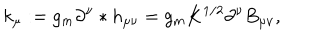
k _ { \mu } : = g _ { m } \partial ^ { \nu } * h _ { \mu \nu } = g _ { m } K ^ { 1 / 2 } \partial ^ { \nu } B _ { \mu \nu } ,